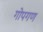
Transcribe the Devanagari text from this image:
गोपगण